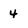
Character: 4